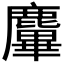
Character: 𪋜